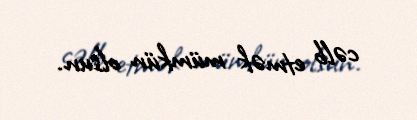
cəlb etmək mümkün olsun.